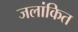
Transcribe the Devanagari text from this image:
जलांकित